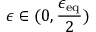
\epsilon \in ( 0 , \frac { \epsilon _ { \mathrm { e q } } } { 2 } )